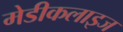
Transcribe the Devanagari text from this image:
मेडीकलाइज